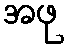
အဖု